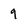
Character: 9